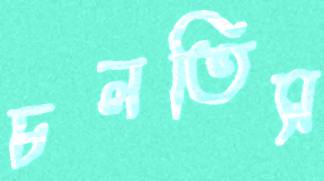
চলতিস